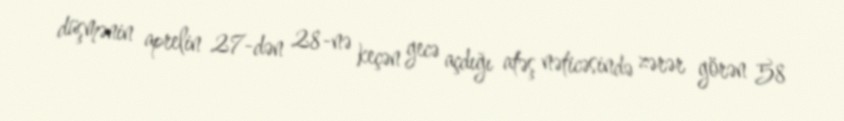
düşmənin aprelin 27-dən 28-nə keçən gecə açdığı atəş nəticəsində zərər görən 58